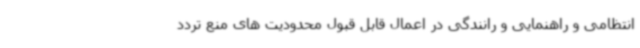
انتظامی و راهنمایی و رانندگی در اعمال قابل قبول محدودیت های منع تردد